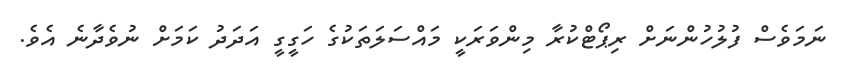
ނަމަވެސް ފުލުހުންނަށް ރިޕޯޓްކުރާ މިންވަރަކީ މައްސަލަތަކުގެ ހަގީގީ އަދަދު ކަމަށް ނުވެދާނެ އެވެ.